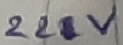
Text: 22V